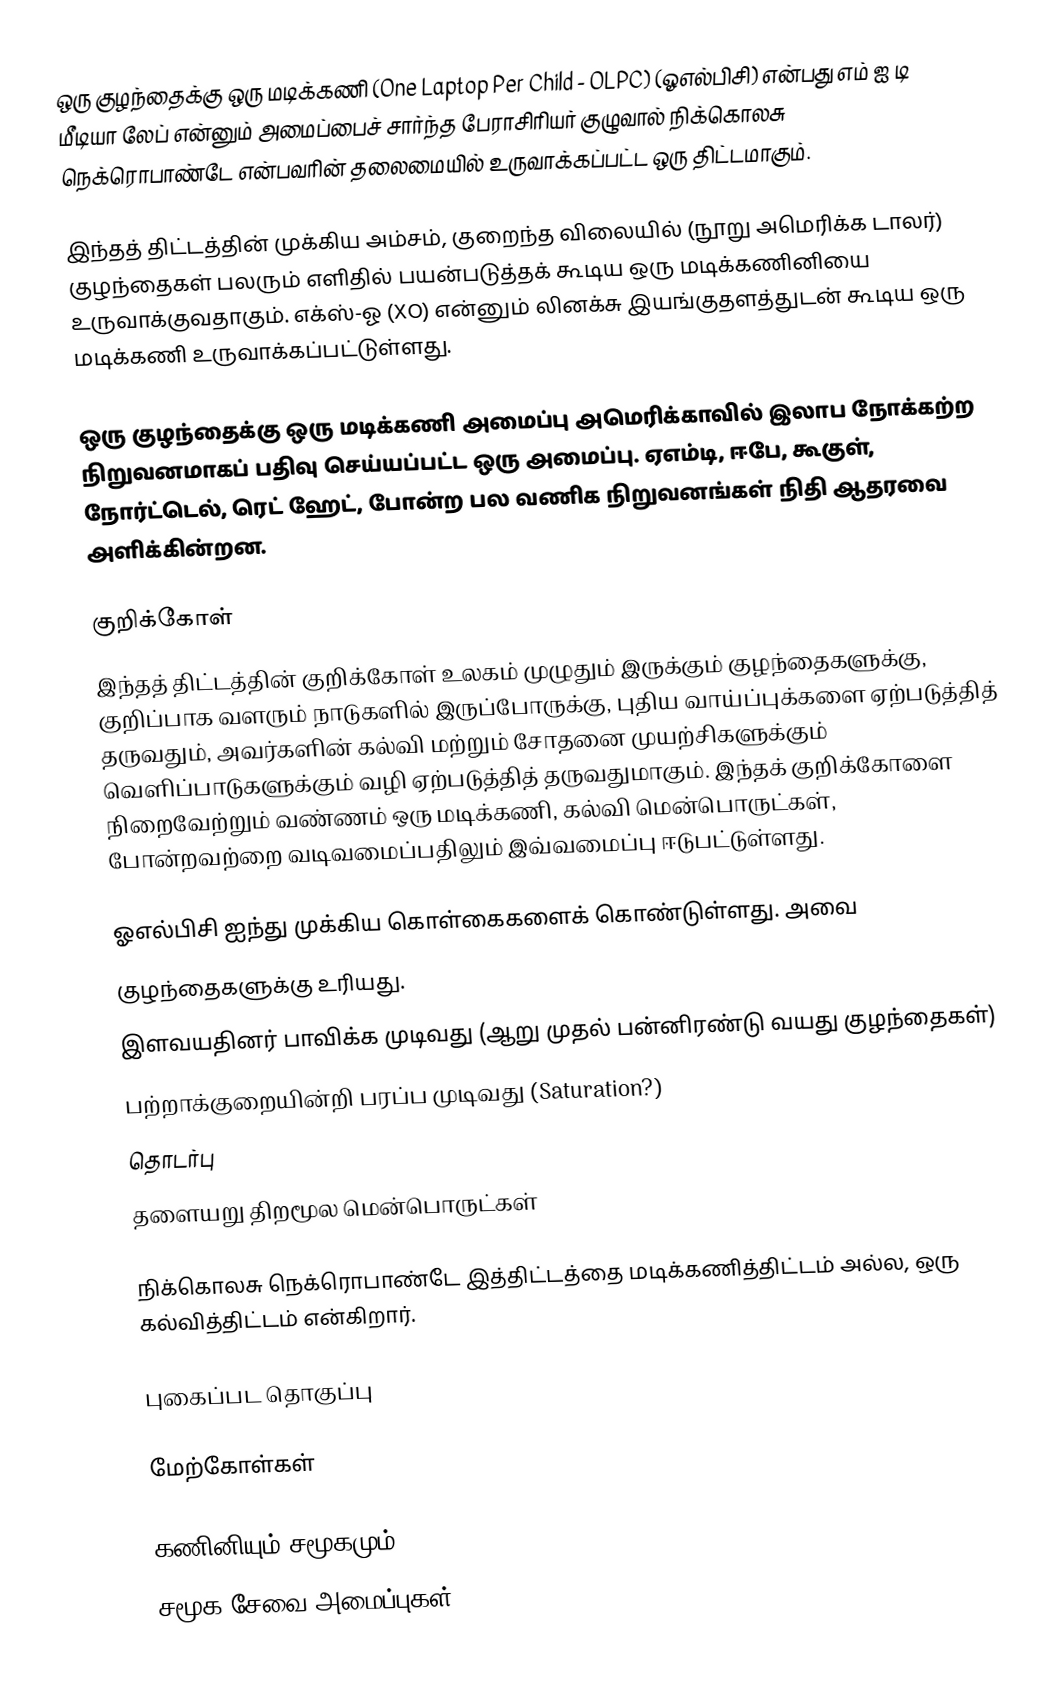
ஒரு குழந்தைக்கு ஒரு மடிக்கணி (One Laptop Per Child - OLPC) (ஓஎல்பிசி) என்பது எம் ஐ டி மீடியா லேப் என்னும் அமைப்பைச் சார்ந்த பேராசிரியர் குழுவால் நிக்கொலசு நெக்ரொபாண்டே என்பவரின் தலைமையில் உருவாக்கப்பட்ட ஒரு திட்டமாகும்.

இந்தத் திட்டத்தின் முக்கிய அம்சம், குறைந்த விலையில் (நூறு அமெரிக்க டாலர்) குழந்தைகள் பலரும் எளிதில் பயன்படுத்தக் கூடிய ஒரு மடிக்கணினியை உருவாக்குவதாகும். எக்ஸ்-ஓ (XO) என்னும் லினக்சு இயங்குதளத்துடன் கூடிய ஒரு மடிக்கணி உருவாக்கப்பட்டுள்ளது.

ஒரு குழந்தைக்கு ஒரு மடிக்கணி அமைப்பு அமெரிக்காவில் இலாப நோக்கற்ற நிறுவனமாகப் பதிவு செய்யப்பட்ட ஒரு அமைப்பு. ஏஎம்டி, ஈபே, கூகுள், நோர்ட்டெல், ரெட் ஹேட், போன்ற பல வணிக நிறுவனங்கள் நிதி ஆதரவை அளிக்கின்றன.

குறிக்கோள்
இந்தத் திட்டத்தின் குறிக்கோள் உலகம் முழுதும் இருக்கும் குழந்தைகளுக்கு, குறிப்பாக வளரும் நாடுகளில் இருப்போருக்கு, புதிய வாய்ப்புக்களை ஏற்படுத்தித் தருவதும், அவர்களின் கல்வி மற்றும் சோதனை முயற்சிகளுக்கும் வெளிப்பாடுகளுக்கும் வழி ஏற்படுத்தித் தருவதுமாகும். இந்தக் குறிக்கோளை நிறைவேற்றும் வண்ணம் ஒரு மடிக்கணி, கல்வி மென்பொருட்கள், போன்றவற்றை வடிவமைப்பதிலும் இவ்வமைப்பு ஈடுபட்டுள்ளது.

ஓஎல்பிசி ஐந்து முக்கிய கொள்கைகளைக் கொண்டுள்ளது. அவை
 குழந்தைகளுக்கு உரியது.
 இளவயதினர் பாவிக்க முடிவது (ஆறு முதல் பன்னிரண்டு வயது குழந்தைகள்)
 பற்றாக்குறையின்றி பரப்ப முடிவது (Saturation?)
 தொடர்பு
 தளையறு திறமூல மென்பொருட்கள்

நிக்கொலசு நெக்ரொபாண்டே இத்திட்டத்தை மடிக்கணித்திட்டம் அல்ல, ஒரு கல்வித்திட்டம் என்கிறார்.

புகைப்பட தொகுப்பு

மேற்கோள்கள்

கணினியும் சமூகமும்
சமூக சேவை அமைப்புகள்